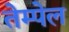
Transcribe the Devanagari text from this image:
तेम्पेल